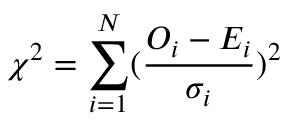
\chi ^ { 2 } = \sum _ { i = 1 } ^ { N } ( \frac { O _ { i } - E _ { i } } { \sigma _ { i } } ) ^ { 2 }